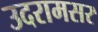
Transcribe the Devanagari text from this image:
उदरामसर